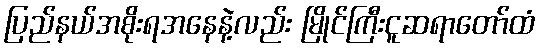
ပြည်နယ်အစိုးရအနေနဲ့လည်း မြိုင်ကြီးငူဆရာတော်ထံ